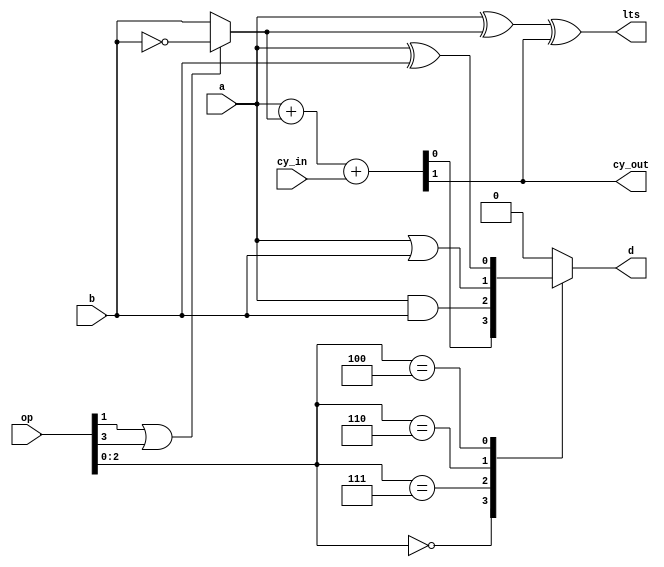
/* ALU for nanoV.

    RISC-V ALU instructions:
      0000 ADD:  D = A + B
      1000 SUB:  D = A - B
      0010 SLT:  D = (A < B) ? 1 : 0, comparison is signed
      0011 SLTU: D = (A < B) ? 1 : 0, comparison is unsigned
      0111 AND:  D = A & B
      0110 OR:   D = A | B
      0100 XOR:  D = A ^ B
*/

module p19_nanoV_alu (
    input [3:0] op,
    input a,
    input b,
    input cy_in,
    output d,
    output cy_out,   // On final cycle, 1 for SLTU
    output lts       // On final cycle, 1 for SLT
);

    wire [1:0] a_for_add = {1'b0, a};
    wire [1:0] b_for_add = {1'b0, (op[1] || op[3]) ? ~b : b};
    wire [1:0] sum = a_for_add + b_for_add + cy_in;

    function operate(
        input [2:0] op_op,
        input op_a,
        input op_b,
        input op_s
    );
        case (op_op)
            3'b000: operate = op_s;
            3'b010, 3'b011: operate = 1'b0;
            3'b111: operate = op_a & op_b;
            3'b110: operate = op_a | op_b;
            3'b100: operate = op_a ^ op_b;
            default: operate = 1'b0;
        endcase
    endfunction

    assign cy_out = sum[1];
    assign d = operate(op[2:0], a, b, sum[0]);
    assign lts = a ^ b_for_add[0] ^ sum[1];

endmodule